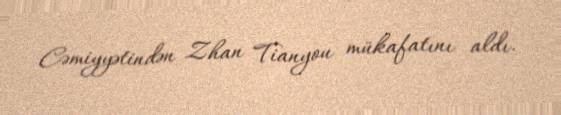
Cəmiyyətindən Zhan Tianyou mükafatını aldı.